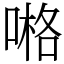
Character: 𠺝